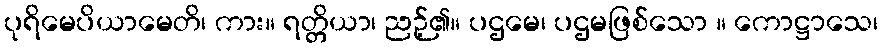
ပုရိမေပိယာမေတိ၊ ကား။ ရတ္တိယာ၊ ညဉ့်၏။ ပဌမေ၊ ပဌမဖြစ်သော ။ ကောဋ္ဌာသေ၊